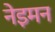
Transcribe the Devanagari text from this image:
नेइमन